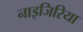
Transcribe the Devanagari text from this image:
नाइजिरिया